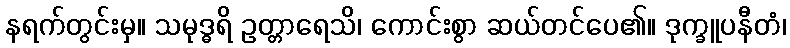
နရက်တွင်းမှ။ သမုဒ္ဓရိ ဥတ္တာရေသိ၊ ကောင်းစွာ ဆယ်တင်ပေ၏။ ဒုက္ခူပနီတံ၊